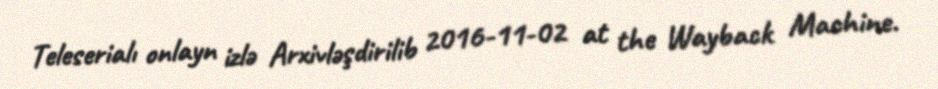
Teleserialı onlayn izlə Arxivləşdirilib 2016-11-02 at the Wayback Machine.